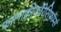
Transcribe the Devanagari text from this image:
फालाक्रोकोरेसिफॉर्म्स